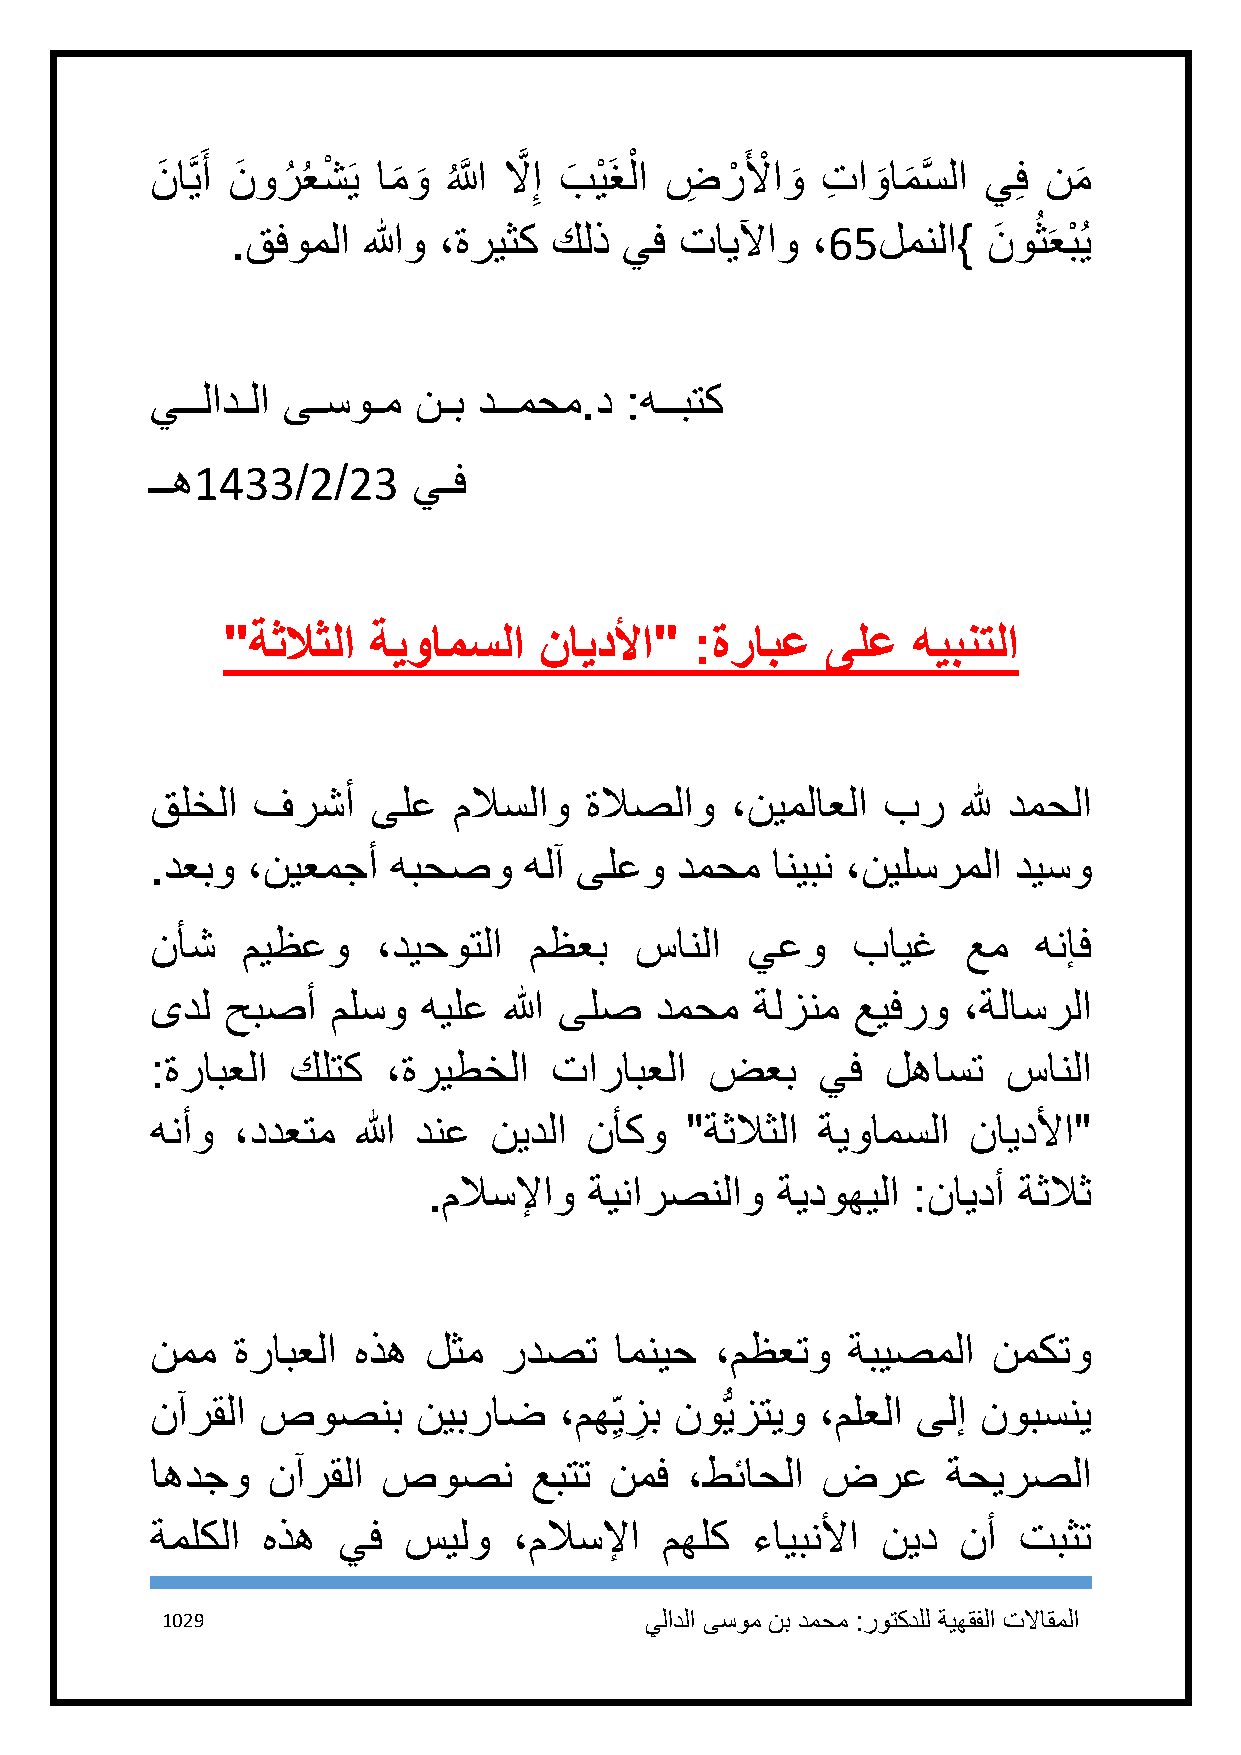
نَ اَّيَ أ نَ ورُ ُعشْ َي ام
 َ
 و
 َ ُ
 اللََّّ لاَّ ِإ بَ يْ َغلْ ا ضِ رْ َ لأْ او
 َ
 تِ او
 َ
 ام
 َ
 سَّ لا يِف نم
 َ
 ُ
 .قفوملا  اللهو ،ةريثك كلذ يف  تايلآاو  ،65لمنلا}  نَ وث َعبْ ُي
 يــلادـلا ىـسوـم نـب  دــمحم.د :هــبتك
 ــه1433/2/23     يـف
 "ةثلاثلا ةيوامسلا    نايدلأا"  :ةرابع   ىلع  هيبنتلا
 قلخلا  فرشأ    ىلع  ملاسلاو  ةلاصلاو  ،نيملاعلا بر    لله دمحلا
 .دعبو ،نيعمجأ   هبحصو    هلآ ىلعو  دمحم  انيبن ،نيلسرملا ديسو
 نأش   ميظعو    ،ديحوتلا  مظعب   سانلا  يعو    بايغ    عم   هنإف
 ىدل  حبصأ   ملسو  هيلع الله ىلص  دمحم   ةلزنم  عيفرو  ،ةلاسرلا
 :ةرابعلا كلتك   ،ةريطخلا  تارابعلا   ضعب    يف   لهاست   سانلا
 هنأو ،ددعتم  الله دنع نيدلا  نأكو  "ةثلاثلا ةيوامسلا  نايدلأا"
 .ملاسلإاو  ةينارصنلاو  ةيدوهيلا :نايدأ ةثلاث
 نمم  ةرابعلا هذه  لثم  ردصت    امنيح ،مظعتو   ةبيصملا   نمكتو
 نآرقلا صوصنب      نيبراض   ،مه ِيز
 ِ
 ب نوُّيزتيو ،ملعلا ىلإ نوبسني
 اهدجو   نآرقلا صوصن      عبتت نمف  ،طئاحلا  ضرع      ةحيرصلا
 ةملكلا هذه  يف   سيلو   ،ملاسلإا  مهلك  ءايبنلأا نيد نأ  تبثت
 1129                            يلادلا ىسوم نب دمحم :روتكدلل ةيهقفلا تلااقملا